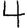
Digit: 4